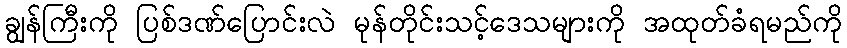
ချွန်ကြီးကို ပြစ်ဒဏ်ပြောင်းလဲ မုန်တိုင်းသင့်ဒေသများကို အထုတ်ခံရမည်ကို